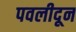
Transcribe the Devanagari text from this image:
पवलीदून